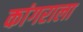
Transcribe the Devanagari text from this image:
कांगराला